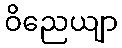
ဝိညေယျာ